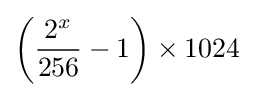
\left({\frac {2^{x}}{256}}-1\right)\times 1024